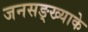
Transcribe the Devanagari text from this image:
जनसङ्ख्याके